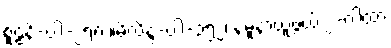
စူဠနိ-ပါ-၂၅၈ ။မိလိန္ဒ-ပါ-၃၅၂၊ နမူနာယူဖွယ် ၂-ဂါထာ